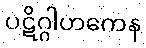
ပဋိဂ္ဂါဟကေန